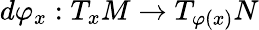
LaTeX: d\varphi_{x}:T_{x}M\to T_{\varphi(x)}N